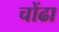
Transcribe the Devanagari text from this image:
चोंढा